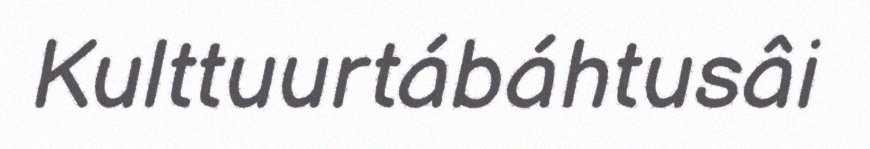
Kulttuurtábáhtusâi